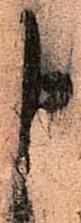
申